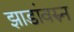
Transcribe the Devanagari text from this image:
झाडांवरुन